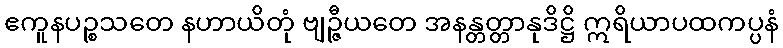
ဧကူနပဉ္စသတေ နဟာယိတုံ ဗျဉ္ဇီယတေ အနန္တတ္တာနုဒိဋ္ဌိ ဣရိယာပထကပ္ပနံ